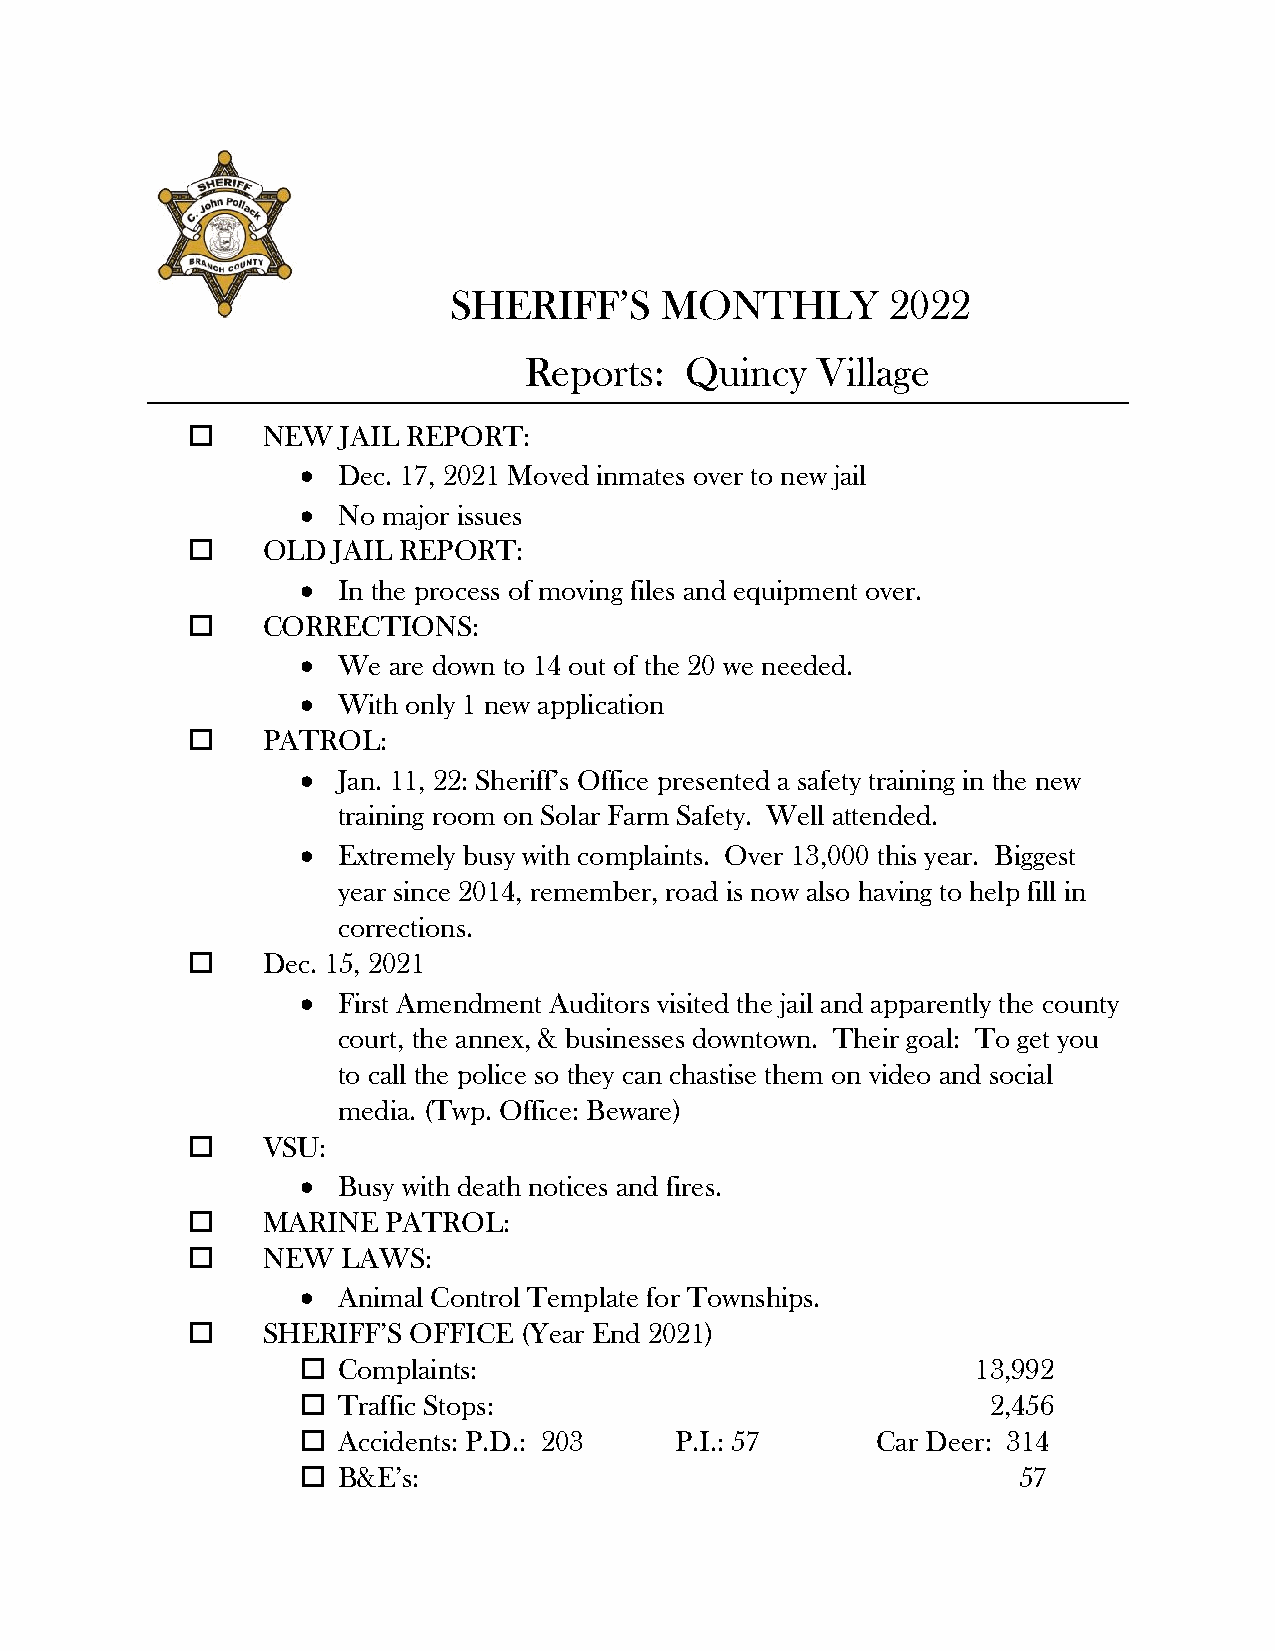
SHERIFF’S     MONTHLY        2022
 Reports:  Quincy   Village
     NEW   JAIL REPORT:
  Dec. 17, 2021 Moved inmates over to new jail
  No major issues
     OLD  JAIL REPORT:
  In the process of moving files and equipment over.
     CORRECTIONS:
  We  are down to 14 out of the 20 we needed.
  With only 1 new application
     PATROL:
  Jan. 11, 22: Sheriff’s Office presented a safety training in the new
 training room on Solar Farm Safety. Well attended.
  Extremely busy with complaints. Over 13,000 this year. Biggest
 year since 2014, remember, road is now also having to help fill in
 corrections.
     Dec. 15, 2021
  First Amendment Auditors visited the jail and apparently the county
 court, the annex, & businesses downtown. Their goal: To get you
 to call the police so they can chastise them on video and social
 media. (Twp. Office: Beware)
     VSU:
  Busy with death notices and fires.
     MARINE   PATROL:
     NEW   LAWS:
  Animal Control Template for Townships.
     SHERIFF’S OFFICE (Year End 2021)
  Complaints:                                13,992
  Traffic Stops:                              2,456
  Accidents: P.D.: 203   P.I.: 57     Car Deer: 314
  B&E’s:                                       57